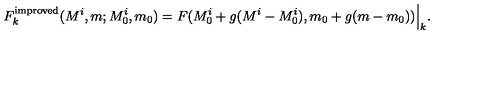
F _ { k } ^ { \mathrm { i m p r o v e d } } ( M ^ { i } , m ; M _ { 0 } ^ { i } , m _ { 0 } ) = F ( M _ { 0 } ^ { i } + g ( M ^ { i } - M _ { 0 } ^ { i } ) , m _ { 0 } + g ( m - m _ { 0 } ) ) \Big | _ { k } .